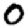
Digit: 0